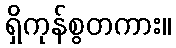
ရှိကုန်စွတကား။